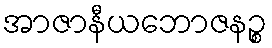
အာဇာနီယဘောဇနဉ္စ